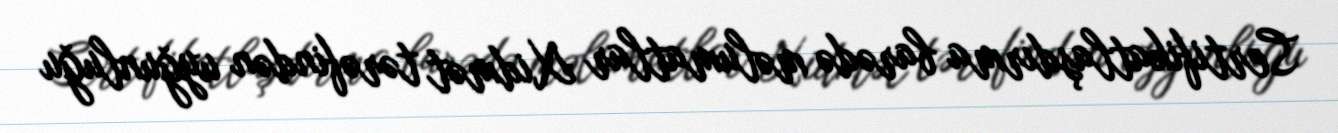
Sertifikatlaşdırma barədə məlumatlar Xidmət tərəfindən uyğunluğu